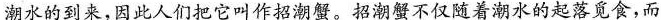
潮水的到来，因此人们把它叫作招潮蟹。招潮蟹不仅随着潮水的起落觅食，而